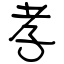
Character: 孝